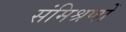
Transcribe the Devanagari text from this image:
संमिश्रणों